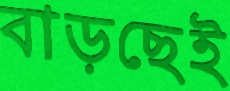
বাড়ছেই